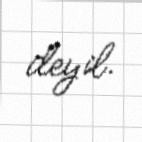
deyil.